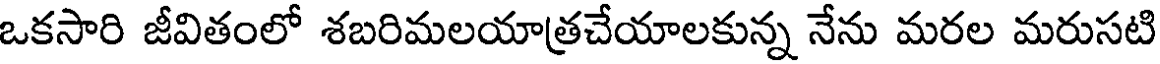
ఒకసారి జీవితంలో శబరిమలయాత్రచేయాలకున్న నేను మరల మరుసటి